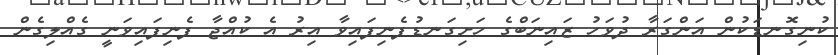
ކުނިގޮނޑަކުން އަންގަރާ ދުވަހު ޒައިނަބްގެ ހަށިގަނޑުފެނިފައިވާ އިރު އެ ކުއްޖާ ފެނިފައިވަނީ ގެއްލިގެން